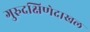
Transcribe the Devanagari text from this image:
गुरुदक्षिणेदाखल